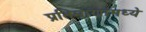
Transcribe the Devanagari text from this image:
प्रतिमाणांमध्ये